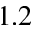
1 . 2